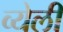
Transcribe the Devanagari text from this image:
व्येली